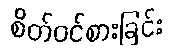
စိတ်ဝင်စားခြင်း